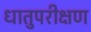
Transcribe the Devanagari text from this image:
धातुपरीक्षण